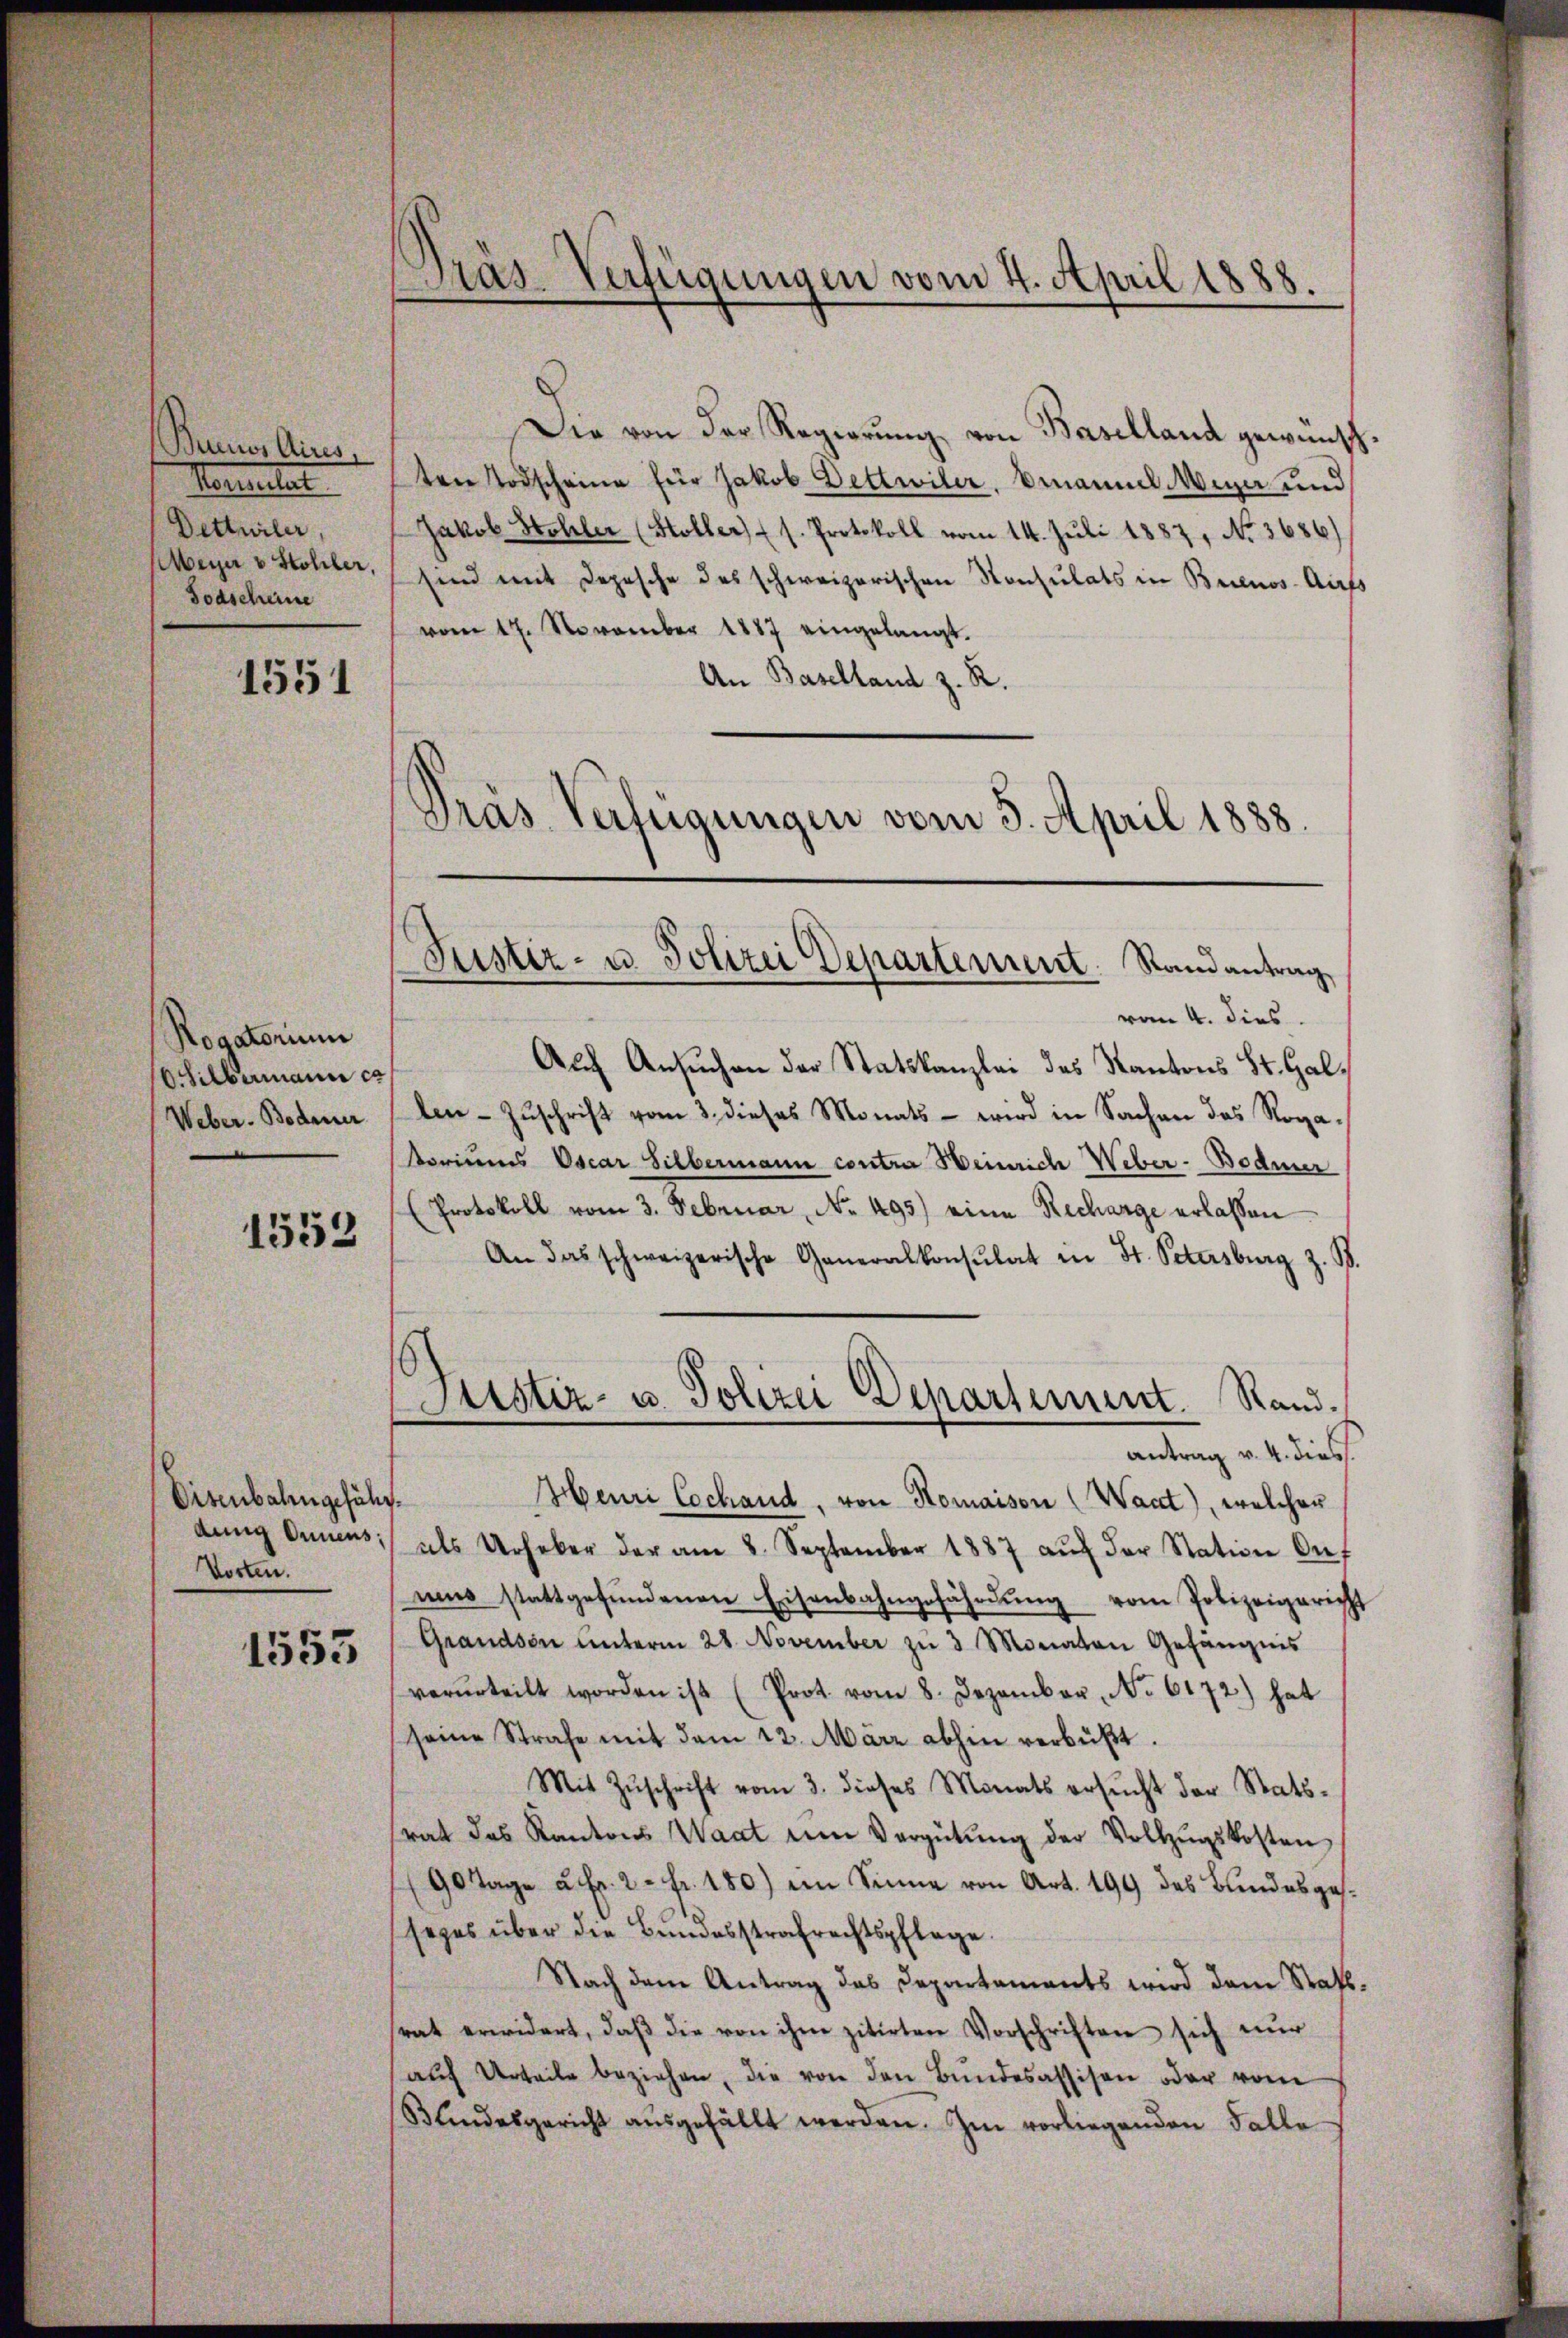
Buenos Aires
Hereitet
Dettürler,
eyer v. Stohler,
Todscheine

1551

Rogatorium
OSilbermann es
Weber. Bedener

1553

Disenbahngeführdung Annens;
Worten.

1553

Pras-Verfügungen vom 4. April 1888.

Die von der Regierung von Baselland gewünschten Todscheine für Jakob Dettwiler, Emanuel Muser und
Jakob Stohler (Stoller) s. Protokoll vom 14. Juli 1887, No. 3686)
sind mit Depesche des schweizerischen Konsulats in Buenos-Aufs
vom 17. November 1887 eingelangt.
An Baselland z. R.
Präs. Verfügungen vom 3. April 1888.

Justiz- u. Polizei Departement. Randantrag

vom 4. dies
Auch Ansuchen der Statskanzlei das Kantons St. Gallen- Zŭschrift vom 3. dieses Monats - wird in Sachen das Rogatoris Oscar Silbermann contra Heinrich Weber-Bodmer
(Protokoll vom 3. Februar, No. 495) eine Recharge erlaßen
An das schweizerische Generalkonsulat in St. Petersburg z. B.
antrag v. 4. dies
Henri Cochand, von Romaison (Want), welchen
als Urheber der am 8. September 1887 aŭf der Station Of
nus stattgefŭndenen Eisenbahngefährdŭng vom Polizeigericht
Grandson ŭnterm 28. November zŭ 3 Monaten Gefängnis
verurteilt worden ist (Prot. vom 8. Dezember, No. 6172) hat
seine Strafe mit dem 12. März abhin verbüßt.
Mit Zŭschrift vom 3. dieses Monats ersŭcht der Stats-
rat des Kantons Waat um Vergütŭng der Vollzŭgskosten
90 Tage u. Fr. 2. Fr. 180) im Sinne von Art. 199 des Bundesgessezes über die Bundesstrafrechtspflege.
Nach dem Antrag das Departamierts wird dem Statt.
rat erwidert, daβ die von ihm zitirten Vorschriften sich nur
aŭf Urteile beziehen, die von den Bŭndesassisen oder vom
Blindesgericht aŭsgefällt werden. Im vorliegenden Falle

Justiz- u. Polizei Departement. Rand.
n